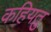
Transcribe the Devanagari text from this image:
कहियतु